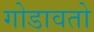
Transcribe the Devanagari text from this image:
गोडावतो